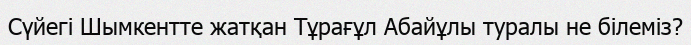
Сүйегі Шымкентте жатқан Тұрағұл Абайұлы туралы не білеміз?